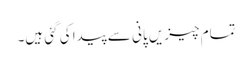
تمام چیزیں پانی سے پیدا کی گئی ہیں۔